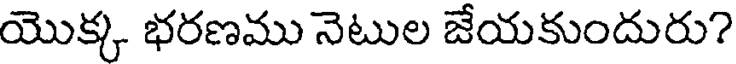
యొక్క భరణము నెటుల జేయకుందురు?